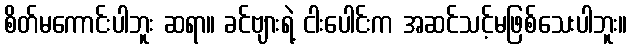
စိတ်မကောင်းပါဘူး ဆရာ။ ခင်ဗျားရဲ့ ငါးပေါင်းက အဆင်သင့်မဖြစ်သေးပါဘူး။